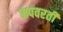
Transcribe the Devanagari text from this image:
कपवरती